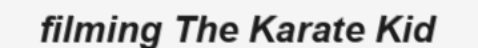
filming The Karate Kid